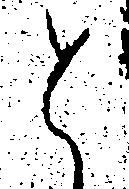
と